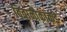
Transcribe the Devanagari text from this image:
विवानौकांकडे